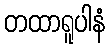
တထာရူပါနံ